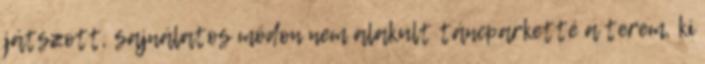
játszott, sajnálatos módon nem alakult táncparketté a terem, ki